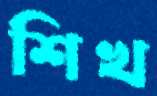
শিখ